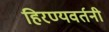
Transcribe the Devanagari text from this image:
हिरण्यवर्तनी